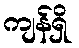
ကျန်ရှိ